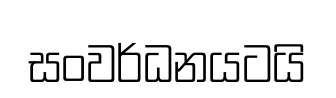
සංවර්ධනයටයි